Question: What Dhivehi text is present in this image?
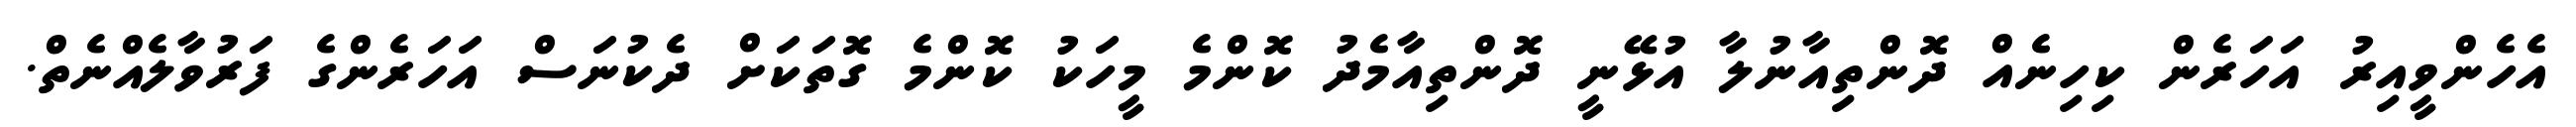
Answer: އެހެންވީއިރު އަހަރެން ކިހިނެއް ދޮންތިއާނުލާ އުޅޭނީ ދޮންތިއާމެދު ކޮންމެ މީހަކު ކޮންމެ ގޮތަކަށް ދެކުނަސް އަހަރެންގެ ފަރުވާލެއްނެތް.